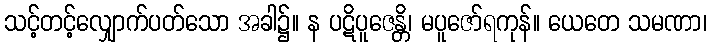
သင့်တင့်လျှောက်ပတ်သော အခါ၌။ န ပဋိပူဇေန္တိ၊ မပူဇော်ရကုန်။ ယေတေ သမဏာ၊